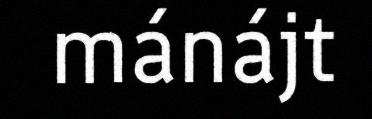
mánájt